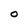
Character: O